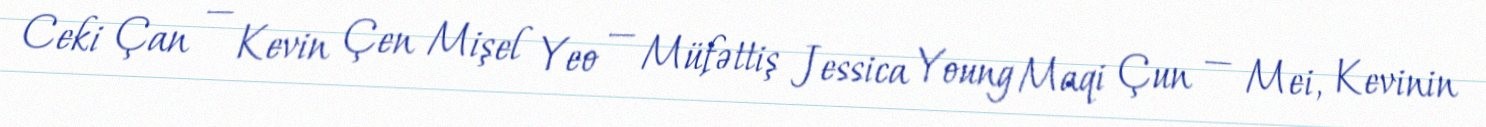
Ceki Çan — Kevin Çen Mişel Yeo — Müfəttiş Jessica Young Maqi Çun — Mei, Kevinin